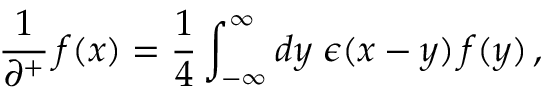
\frac { 1 } { \partial ^ { + } } \, f ( x ) = \frac { 1 } { 4 } \int _ { - \infty } ^ { \infty } d y \; \epsilon ( x - y ) \, f ( y ) \, ,